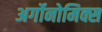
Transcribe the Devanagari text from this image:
अर्गोनोमिक्स